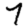
Digit: 7